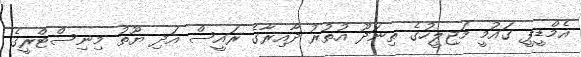
އެމްޑީޕީ ގައުމީ މަޖިލީހުގެ ތިނަދޫ އުތުރު ދާއިރާގެ ރައީސް އަދި ޔޫތު މިނިސްޓްރީގެ